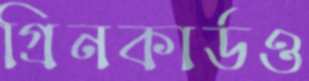
গ্রিনকার্ডও